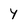
Character: 4